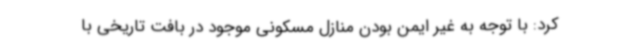
کرد: با توجه به غیر ایمن بودن منازل مسکونی موجود در بافت تاریخی با